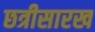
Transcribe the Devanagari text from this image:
छत्रीसारख